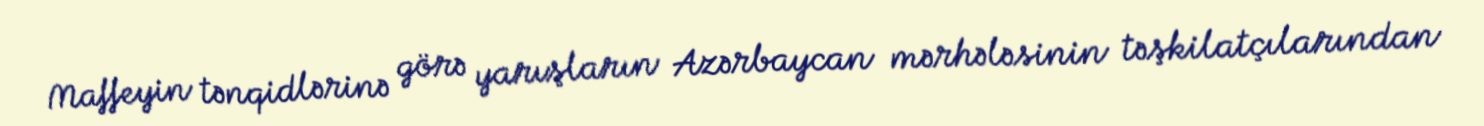
Maffeyin tənqidlərinə görə yarışların Azərbaycan mərhələsinin təşkilatçılarından